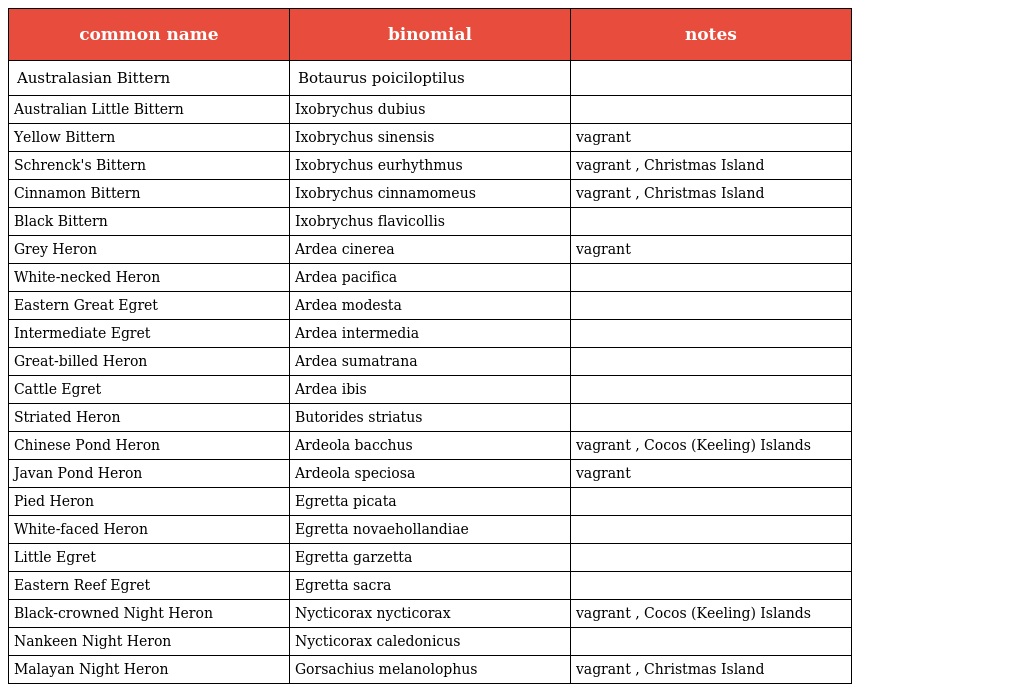
| common name | binomial | notes |
 | --- | --- | --- |
 | Australasian Bittern | Botaurus poiciloptilus |  |
 | Australian Little Bittern | Ixobrychus dubius |  |
 | Yellow Bittern | Ixobrychus sinensis | vagrant |
 | Schrenck's Bittern | Ixobrychus eurhythmus | vagrant , Christmas Island |
 | Cinnamon Bittern | Ixobrychus cinnamomeus | vagrant , Christmas Island |
 | Black Bittern | Ixobrychus flavicollis |  |
 | Grey Heron | Ardea cinerea | vagrant |
 | White-necked Heron | Ardea pacifica |  |
 | Eastern Great Egret | Ardea modesta |  |
 | Intermediate Egret | Ardea intermedia |  |
 | Great-billed Heron | Ardea sumatrana |  |
 | Cattle Egret | Ardea ibis |  |
 | Striated Heron | Butorides striatus |  |
 | Chinese Pond Heron | Ardeola bacchus | vagrant , Cocos (Keeling) Islands |
 | Javan Pond Heron | Ardeola speciosa | vagrant |
 | Pied Heron | Egretta picata |  |
 | White-faced Heron | Egretta novaehollandiae |  |
 | Little Egret | Egretta garzetta |  |
 | Eastern Reef Egret | Egretta sacra |  |
 | Black-crowned Night Heron | Nycticorax nycticorax | vagrant , Cocos (Keeling) Islands |
 | Nankeen Night Heron | Nycticorax caledonicus |  |
 | Malayan Night Heron | Gorsachius melanolophus | vagrant , Christmas Island |